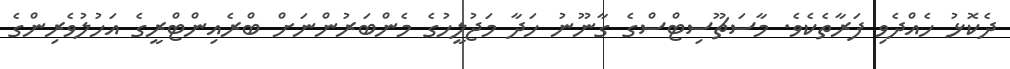
ދެކޮޅު ހެއްދެވި ފަރާތެެކެވެ. މާސަޗޫސިޓްސްގެ ގާނޫނު ހަދާ މަޖުލީހުގެ މެންބަރުންނަށް ބްރެއިންޓްރީގެ އަހުލުވެރިންގެ